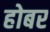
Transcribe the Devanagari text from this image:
होबर